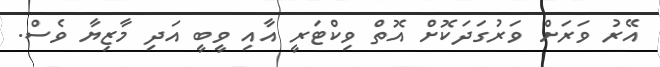
އޭރު ވަރަށް ވަރުގަދަކޮށް އޮތް ވިކްޓަރީ އާއި ވީބީ އަދި މާޒިޔާ ވެސް.